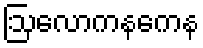
ဩလောကနကေန